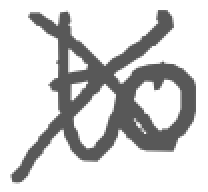
Text: to
Cross-out: cross
Writing tool: digital_gray